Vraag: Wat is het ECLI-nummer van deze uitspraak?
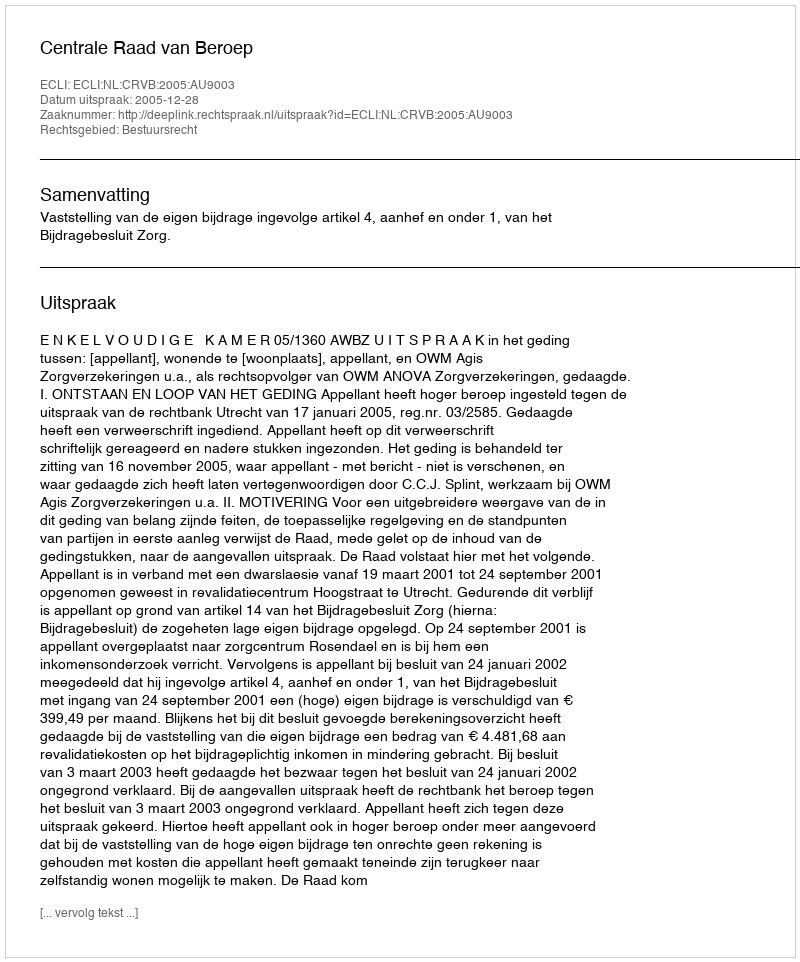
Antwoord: ECLI:NL:CRVB:2005:AU9003